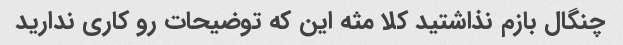
چنگال بازم نذاشتید کلا مثه این که توضیحات رو کاری ندارید